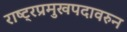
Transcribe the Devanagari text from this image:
राष्ट्रप्रमुखपदावरुन